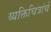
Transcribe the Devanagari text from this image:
व्यक्तिचित्रांचे